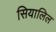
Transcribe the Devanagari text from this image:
सियालिल